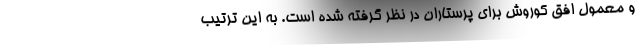
و معمول افق کوروش برای پرستاران در نظر گرفته شده است. به این ترتیب